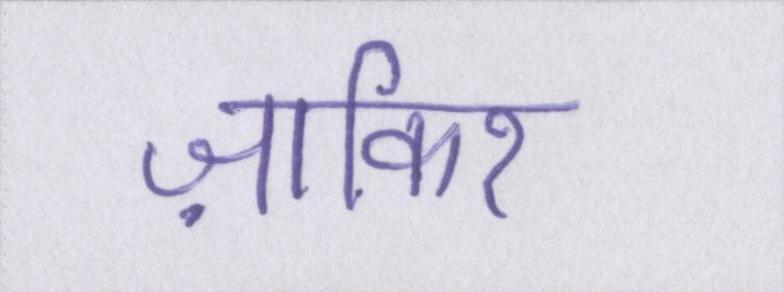
ज़ाकिर